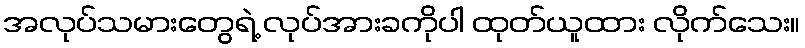
အလုပ်သမားတွေရဲ့ လုပ်အားခကိုပါ ထုတ်ယူထား လိုက်သေး။